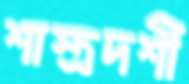
শাস্ত্রদর্শী